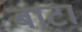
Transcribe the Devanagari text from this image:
बाटां